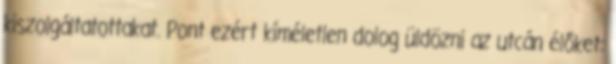
kiszolgáltatottakat. Pont ezért kíméletlen dolog üldözni az utcán élőket: